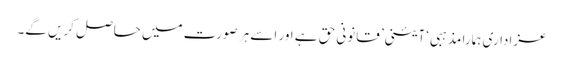
عزاداری ہمارا مذہبی ‘آئینی’ قانونی حق ہے اور اسے ہر صورت میں حاصل کریں گے۔